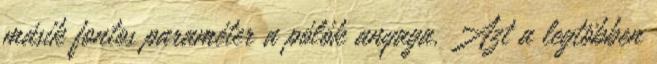
másik fontos paraméter a pólók anyaga. Azt a legtöbben